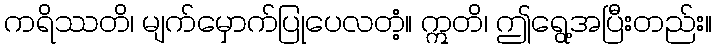
ကရိဿတိ၊ မျက်မှောက်ပြုပေလတံ့။ ဣတိ၊ ဤရွေ့အပြီးတည်း။